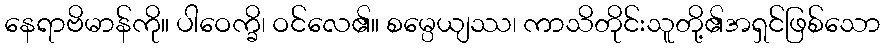
နေရာဗိမာန်ကို။ ပါဝေက္ခိ၊ ဝင်လေ၏။ စမ္ပေယျဿ၊ ကာသိတိုင်းသူတို့၏အရှင်ဖြစ်သော